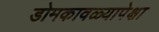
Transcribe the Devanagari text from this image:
डोमकावळ्यापेक्षा